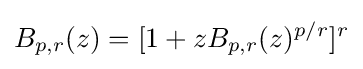
B_{p,r}(z)=[1+zB_{p,r}(z)^{p/r}]^{r}